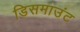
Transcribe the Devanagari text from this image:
डिसमाउंट